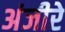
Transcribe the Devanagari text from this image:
अंजीरे